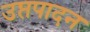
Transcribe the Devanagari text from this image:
उप्तपादन